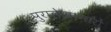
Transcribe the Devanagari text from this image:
पुरालेखागारों